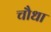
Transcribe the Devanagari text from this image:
चौधा